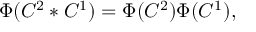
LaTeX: \Phi ( C ^ { 2 } * C ^ { 1 } ) = \Phi ( C ^ { 2 } ) \Phi ( C ^ { 1 } ) ,